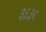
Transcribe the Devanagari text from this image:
३६३९